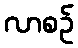
လာစဉ်